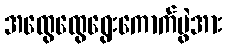
အထွေထွေရွေးကောက်ပွဲအား